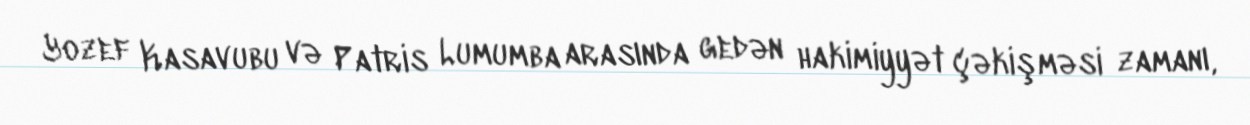
Yozef Kasavubu və Patris Lumumba arasında gedən hakimiyyət çəkişməsi zamanı,